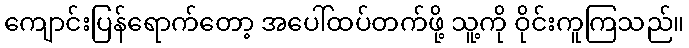
ကျောင်းပြန်ရောက်တော့ အပေါ်ထပ်တက်ဖို့ သူ့ကို ဝိုင်းကူကြသည်။